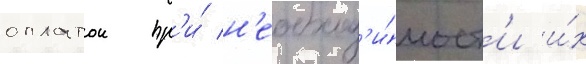
оплатои пр'и́ н'еобход'и́мост'и и́х